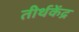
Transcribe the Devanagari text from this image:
तीर्थकेंद्र